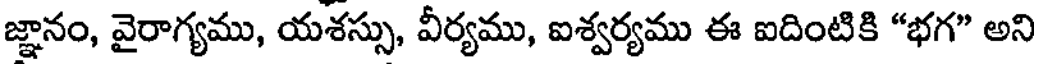
జ్ఞానం, వైరాగ్యము, యశస్సు, వీర్యము, ఐశ్వర్యము ఈ ఐదింటికి "భగ" అని